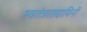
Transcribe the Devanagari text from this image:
स्वतंत्रतादायिनी